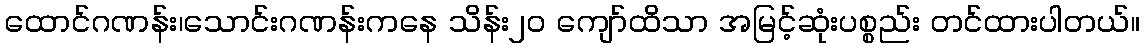
ထောင်ဂဏန်း၊သောင်းဂဏန်းကနေ သိန်း၂၀ ကျော်ထိသာ အမြင့်ဆုံးပစ္စည်း တင်ထားပါတယ်။